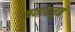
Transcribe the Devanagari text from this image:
कणांपासुन